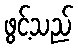
ဖွင့်သည်